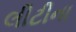
લીટીના